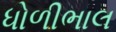
ધોળીભાલ